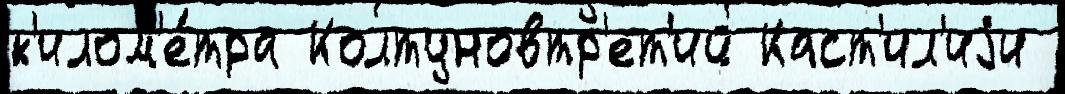
к'илом'е́тра Колтуновтр'ет'ий Каст'ил'иjи